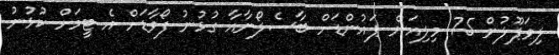
ލިވަޕޫލުން 75 މިލިއަން ޕައުންޑަށް ބާސެލޯނާއާ ގުޅުނު ފޯވާޑަށް އެ ޓީމަށް ކުޅުނު